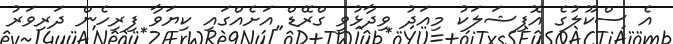
އެ ސްކޫލުގެ އޮފިޝަލަކު މިއަދު ވިދާޅުވީ ގްރޭޑް އަށެއްގައި ކިޔަވާ ފިރިހެން ދަރިވަރު